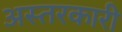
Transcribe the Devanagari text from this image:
अस्तरकारी